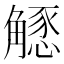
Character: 𧤶